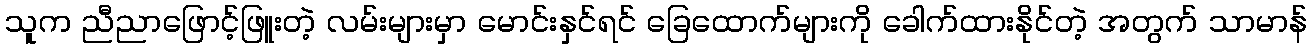
သူက ညီညာဖြောင့်ဖြူးတဲ့ လမ်းများမှာ မောင်းနှင်ရင် ခြေထောက်များကို ခေါက်ထားနိုင်တဲ့ အတွက် သာမာန်